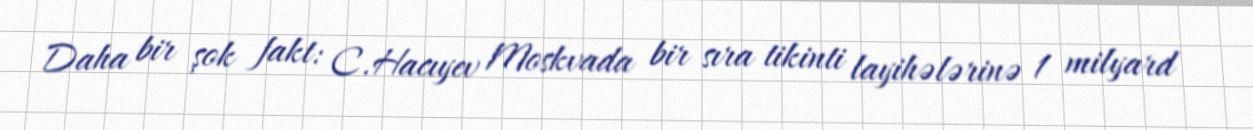
Daha bir şok fakt: C.Hacıyev Moskvada bir sıra tikinti layihələrinə 1 milyard